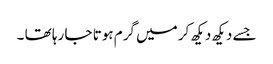
جسے دیکھ دیکھ کر میں گرم ہوتا جا رہا تھا ۔